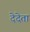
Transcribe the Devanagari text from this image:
देदेता